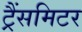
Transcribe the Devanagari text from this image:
ट्रैंसमिटर